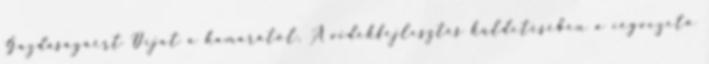
Gazdaságáért Díjat a kamarától. A vidékfejlesztés küldetésében a cégvezetô